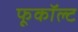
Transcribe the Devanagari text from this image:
फूकॉल्ट